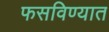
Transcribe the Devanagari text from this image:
फसविण्यात